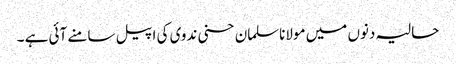
حالیہ دنوں میں مولاناسلمان حسنی ندوی کی اپیل سامنے آئی ہے ۔